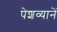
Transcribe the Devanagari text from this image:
पेशव्यानें